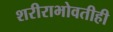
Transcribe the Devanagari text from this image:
शरीराभोवतीही